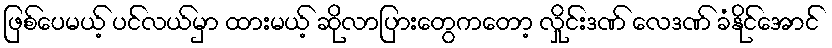
ဖြစ်ပေမယ့် ပင်လယ်မှာ ထားမယ့် ဆိုလာပြားတွေကတော့ လှိုင်းဒဏ် လေဒဏ် ခံနိုင်အောင်